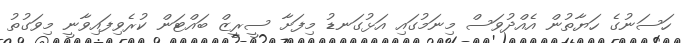
ހަސަނުގެ ހަޔާތުން އެއްދުވަސް މިނަމުގައި އަޅުގަނޑު މިފަށާ ސީރީޒް ބައްޓަން ކުރެވިފައިވާނީ މިވަގުތު